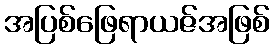
အပြစ်ဖြေရာယဇ်အဖြစ်